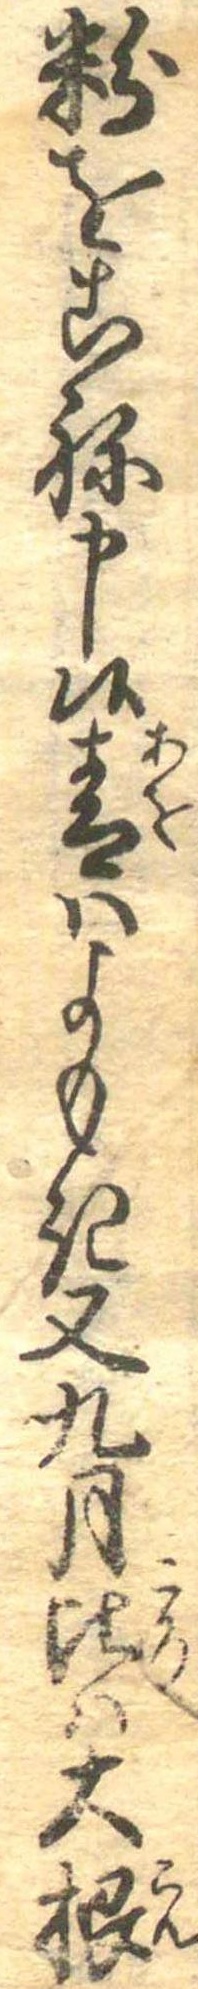
粉をこね申候青はよもき又九月比は大根